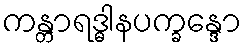
ကန္တာရဒ္ဓါနပက္ခန္ဒော